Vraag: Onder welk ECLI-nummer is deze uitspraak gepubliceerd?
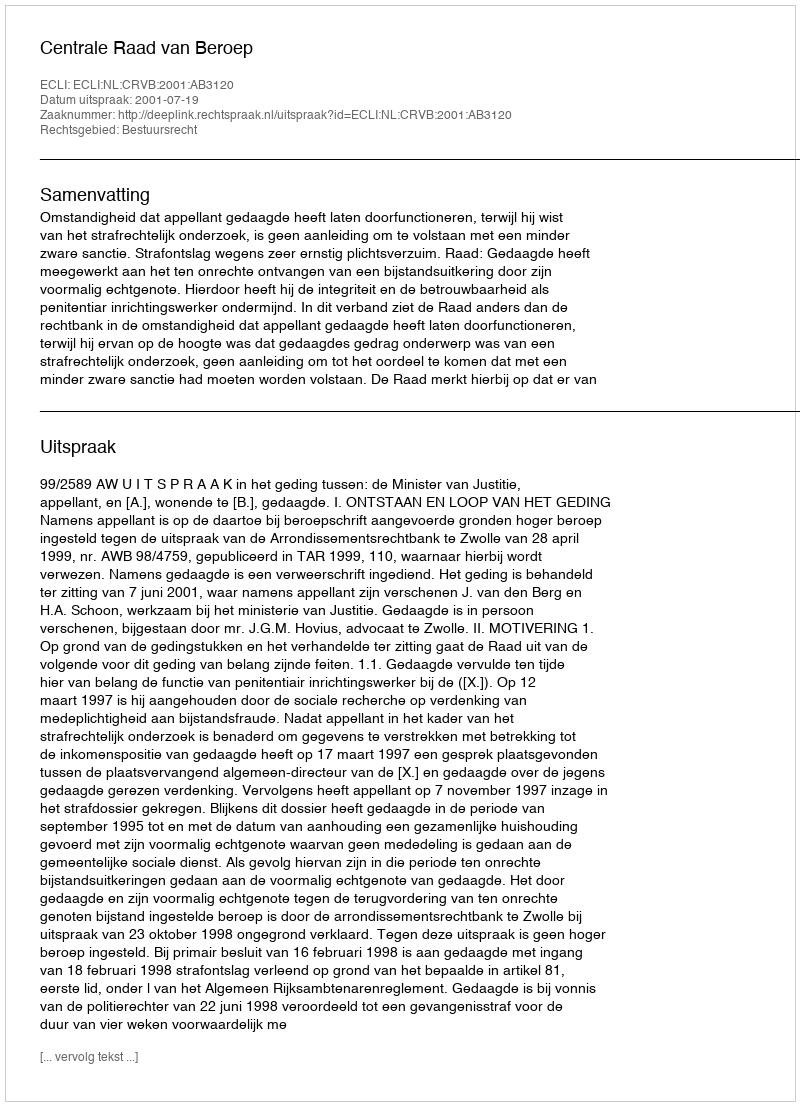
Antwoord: ECLI:NL:CRVB:2001:AB3120